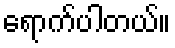
ရောက်ပါတယ်။